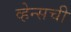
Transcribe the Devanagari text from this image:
व्हेन्सची